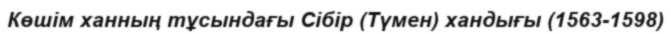
Көшім ханның тұсындағы Сібір (Түмен) хандығы (1563-1598)